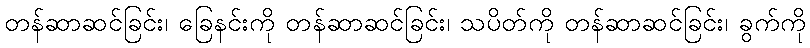
တန်ဆာဆင်ခြင်း၊ ခြေနင်းကို တန်ဆာဆင်ခြင်း၊ သပိတ်ကို တန်ဆာဆင်ခြင်း၊ ခွက်ကို